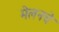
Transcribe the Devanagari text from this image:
मेलनचे